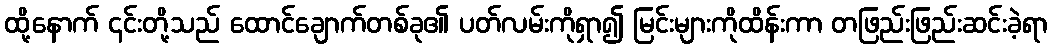
ထို့နောက် ၎င်းတို့သည် ထောင်ချောက်တစ်ခု၏ ပတ်လမ်းကိုရှာ၍ မြင်းများကိုထိန်းကာ တဖြည်းဖြည်းဆင်းခဲ့ရာ